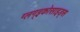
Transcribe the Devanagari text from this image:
ग्लग्इकोसाइड्स